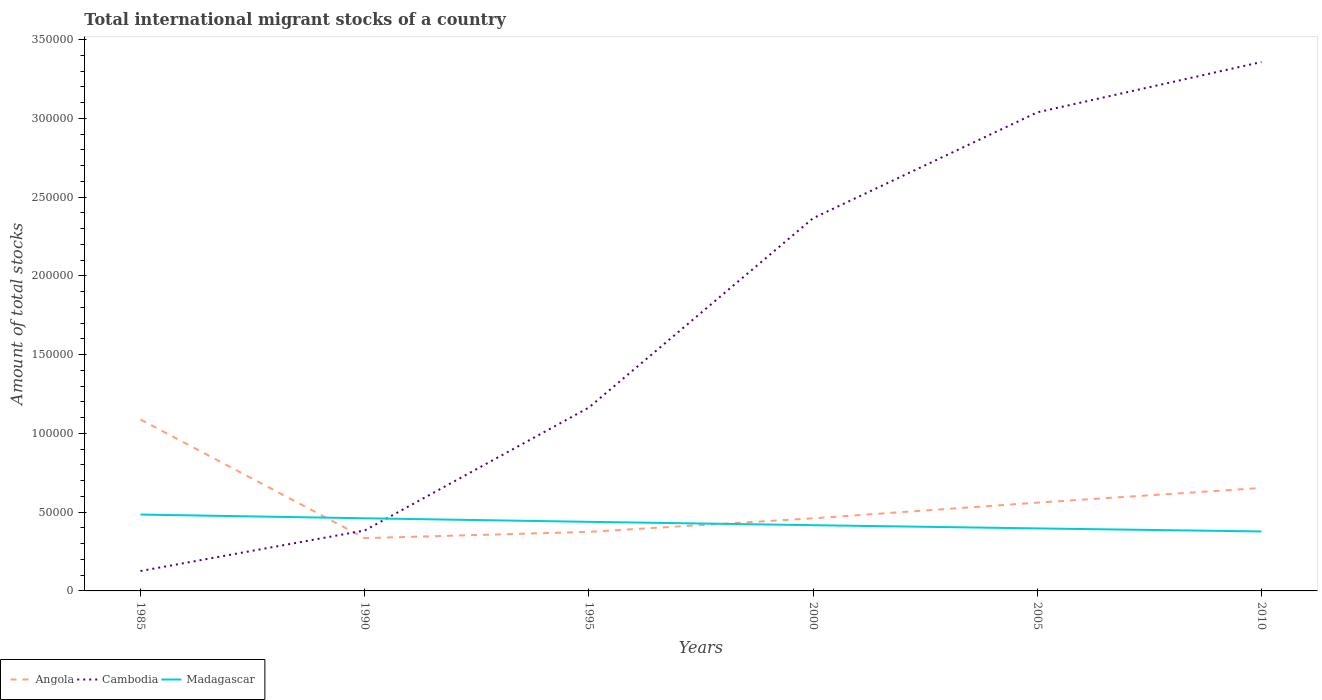
| Years | Angola | Cambodia | Madagascar |
 | --- | --- | --- | --- |
 | 1985 | 1.09e+05 | 1.26e+04 | 4.85e+04 |
 | 1990 | 3.35e+04 | 3.84e+04 | 4.61e+04 |
 | 1995 | 3.75e+04 | 1.16e+05 | 4.39e+04 |
 | 2000 | 4.61e+04 | 2.37e+05 | 4.17e+04 |
 | 2005 | 5.61e+04 | 3.04e+05 | 3.97e+04 |
 | 2010 | 6.54e+04 | 3.36e+05 | 3.78e+04 |